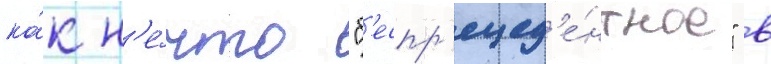
ка́к н'е́что "б'еспр'ецед'е́нтное" в